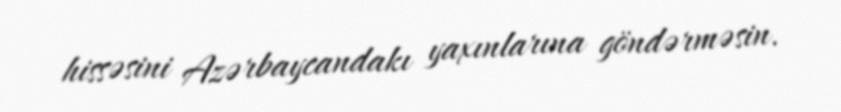
hissəsini Azərbaycandakı yaxınlarına göndərməsin.